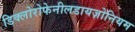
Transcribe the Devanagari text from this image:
डिक्लोरोफेनीलडायज़ोनियम